Annual report of the Punjab Veterinary College and of the Civil Veterinary Department, Punjab - 1926-1932
Year: 1926
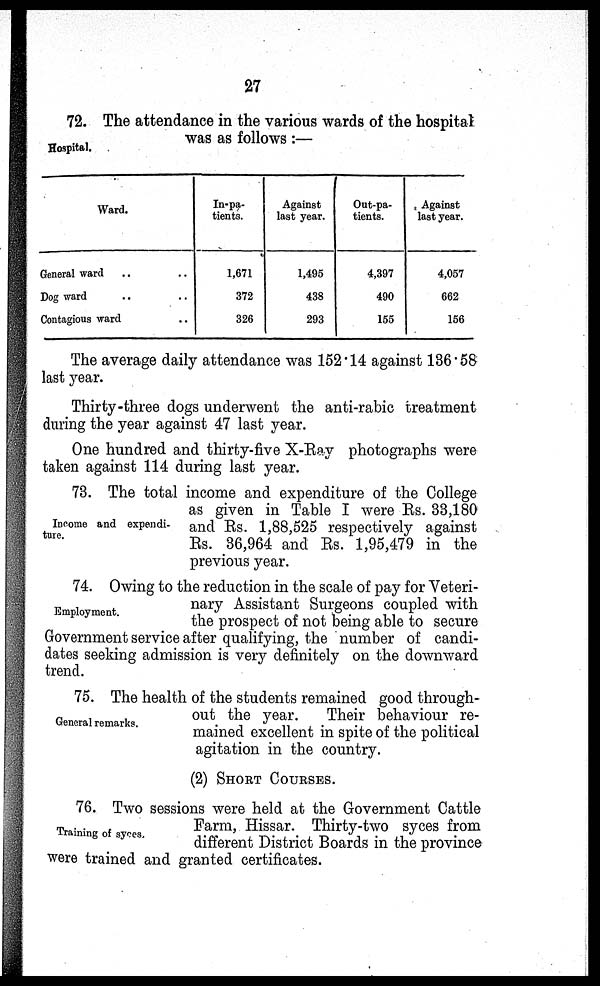
27
Hospital.
72. The attendance in the various wards of the hospital
was as follows :—
Ward.
General ward .. ..
Dog ward .. ..
Contagious ward ..
In-pa-
tients.
1,671
372
326
Against
last year.
1,495
438
293
Out-pa-
tients.
4,397
490
155
Against
last year.
4,057
662
156
The average daily attendance was 152.14 against 136.58
last year.
Thirty-three dogs underwent the anti-rabic treatment
during the year against 47 last year.
One hundred and thirty-five X-Ray photographs were
taken against 114 during last year.
Income and expendi-
ture.
73. The total income and expenditure of the College
as given in Table I were Rs. 33,180
and Rs. 1,88,525 respectively against
Rs. 36,964 and Rs. 1,95,479 in the
previous year.
Employment.
74. Owing to the reduction in the scale of pay for Veteri-
nary Assistant Surgeons coupled with
the prospect of not being able to secure
Government service after qualifying, the number of candi-
dates seeking admission is very definitely on the downward
trend.
General remarks.
75. The health of the students remained good through-
out the year.
Their behaviour re-
mained excellent in spite of the political
agitation in the country.
(2) SHORT COURSES.
Training of syces.
76. Two sessions were held at the Government Cattle
Farm, Hissar. Thirty-two syces from
different District Boards in the province
were trained and granted certificates.